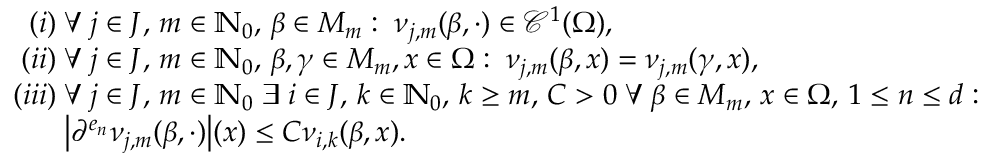
\begin{array} { r l } & { \phantom { i i } ( i ) \; \forall \; j \in J , \, m \in \mathbb { N } _ { 0 } , \, \beta \in M _ { m } : \; \nu _ { j , m } ( \beta , \cdot ) \in \mathcal { C } ^ { 1 } ( \Omega ) , } \\ & { \phantom { i } ( i i ) \; \forall \; j \in J , \, m \in \mathbb { N } _ { 0 } , \, \beta , \gamma \in M _ { m } , x \in \Omega : \; \nu _ { j , m } ( \beta , x ) = \nu _ { j , m } ( \gamma , x ) , } \\ & { ( i i i ) \; \forall \; j \in J , \, m \in \mathbb { N } _ { 0 } \; \exists \; i \in J , \, k \in \mathbb { N } _ { 0 } , \, k \geq m , \, C > 0 \; \forall \; \beta \in M _ { m } , \, x \in \Omega , \, 1 \leq n \leq d : } \\ & { \phantom { ( i i i ) \; } \bigl | \partial ^ { e _ { n } } \nu _ { j , m } ( \beta , \cdot ) \bigr | ( x ) \leq C \nu _ { i , k } ( \beta , x ) . } \end{array}